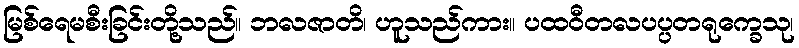
မြစ်ရေမစီးခြင်းတို့သည်။ ဘလဇာတိ၊ ဟူသည်ကား။ ပထဝီတလပပ္ပတရုက္ခေသု၊